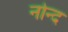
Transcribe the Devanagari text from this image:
नोन्द